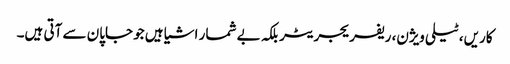
کاریں، ٹیلی ویژن، ریفریجریٹر بلکہ بے شمار اشیا ہیں جو جاپان سے آتی ہیں۔